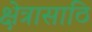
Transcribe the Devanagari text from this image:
क्षेत्रासाठि